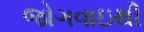
જોગવાઇથી